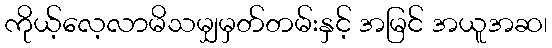
ကိုယ့်လေ့လာမိသမျှမှတ်တမ်းနှင့် အမြင် အယူအဆ၊